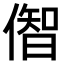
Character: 𫣠